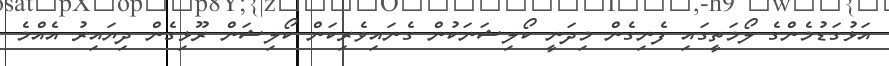
އަޅުގަޑުމެންގެ ލޯމަތީގައި ފެނިގެން މިދަނީ ކޯލިޝަނަކުން ގެނައިވެރިކަން ކޯލިޝަން ރޫޅިގެން ދިޔައިރު އެއްމެ